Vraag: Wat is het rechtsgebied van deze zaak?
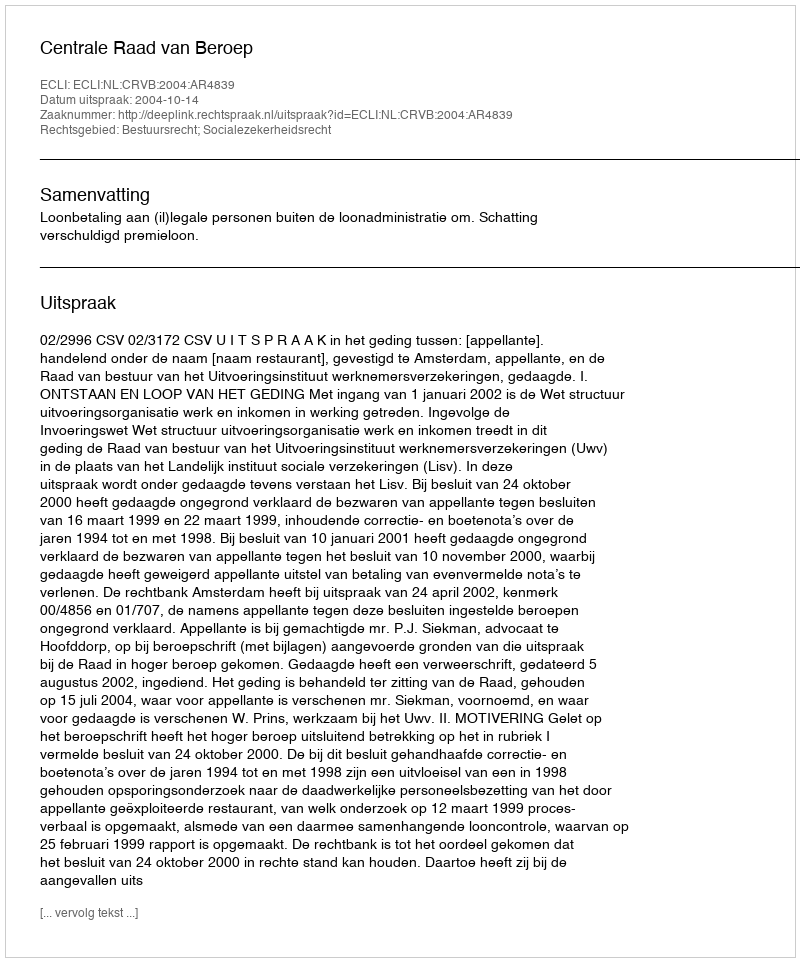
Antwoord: Bestuursrecht; Socialezekerheidsrecht